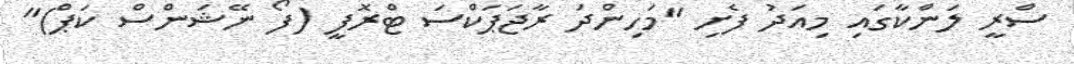
ސްރީ ލަންކާގައި މިއަދު ފެށި "މަހިންދަ ރާޖަޕަކްސަ ޓްރޮފީ (ފޯ ނޭޝަންސް ކަޕް)"